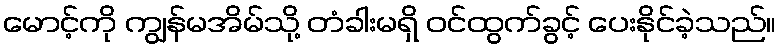
မောင့်ကို ကျွန်မအိမ်သို့ တံခါးမရှိ ဝင်ထွက်ခွင့် ပေးနိုင်ခဲ့သည်။